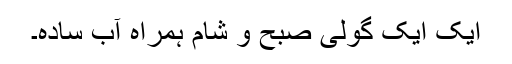
ایک ایک گولی صبح و شام ہمراہ آبِ سادہ۔